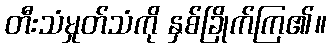
တီးသံမှုတ်သံကို နှစ်ခြိုက်ကြ၏။